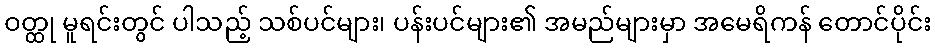
ဝတ္ထု မူရင်းတွင် ပါသည့် သစ်ပင်များ၊ ပန်းပင်များ၏ အမည်များမှာ အမေရိကန် တောင်ပိုင်း